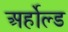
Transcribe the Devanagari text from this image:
अर्होल्ड